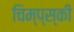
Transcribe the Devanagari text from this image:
चिम्प्स्की